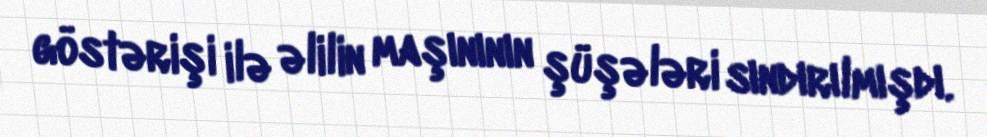
göstərişi ilə əlilin maşınının şüşələri sındırılmışdı.